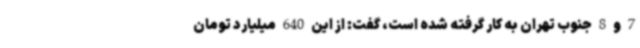
7 و 8 جنوب تهران به کار گرفته شده است، گفت: از این 640 میلیارد تومان